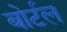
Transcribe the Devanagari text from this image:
बोर्टल